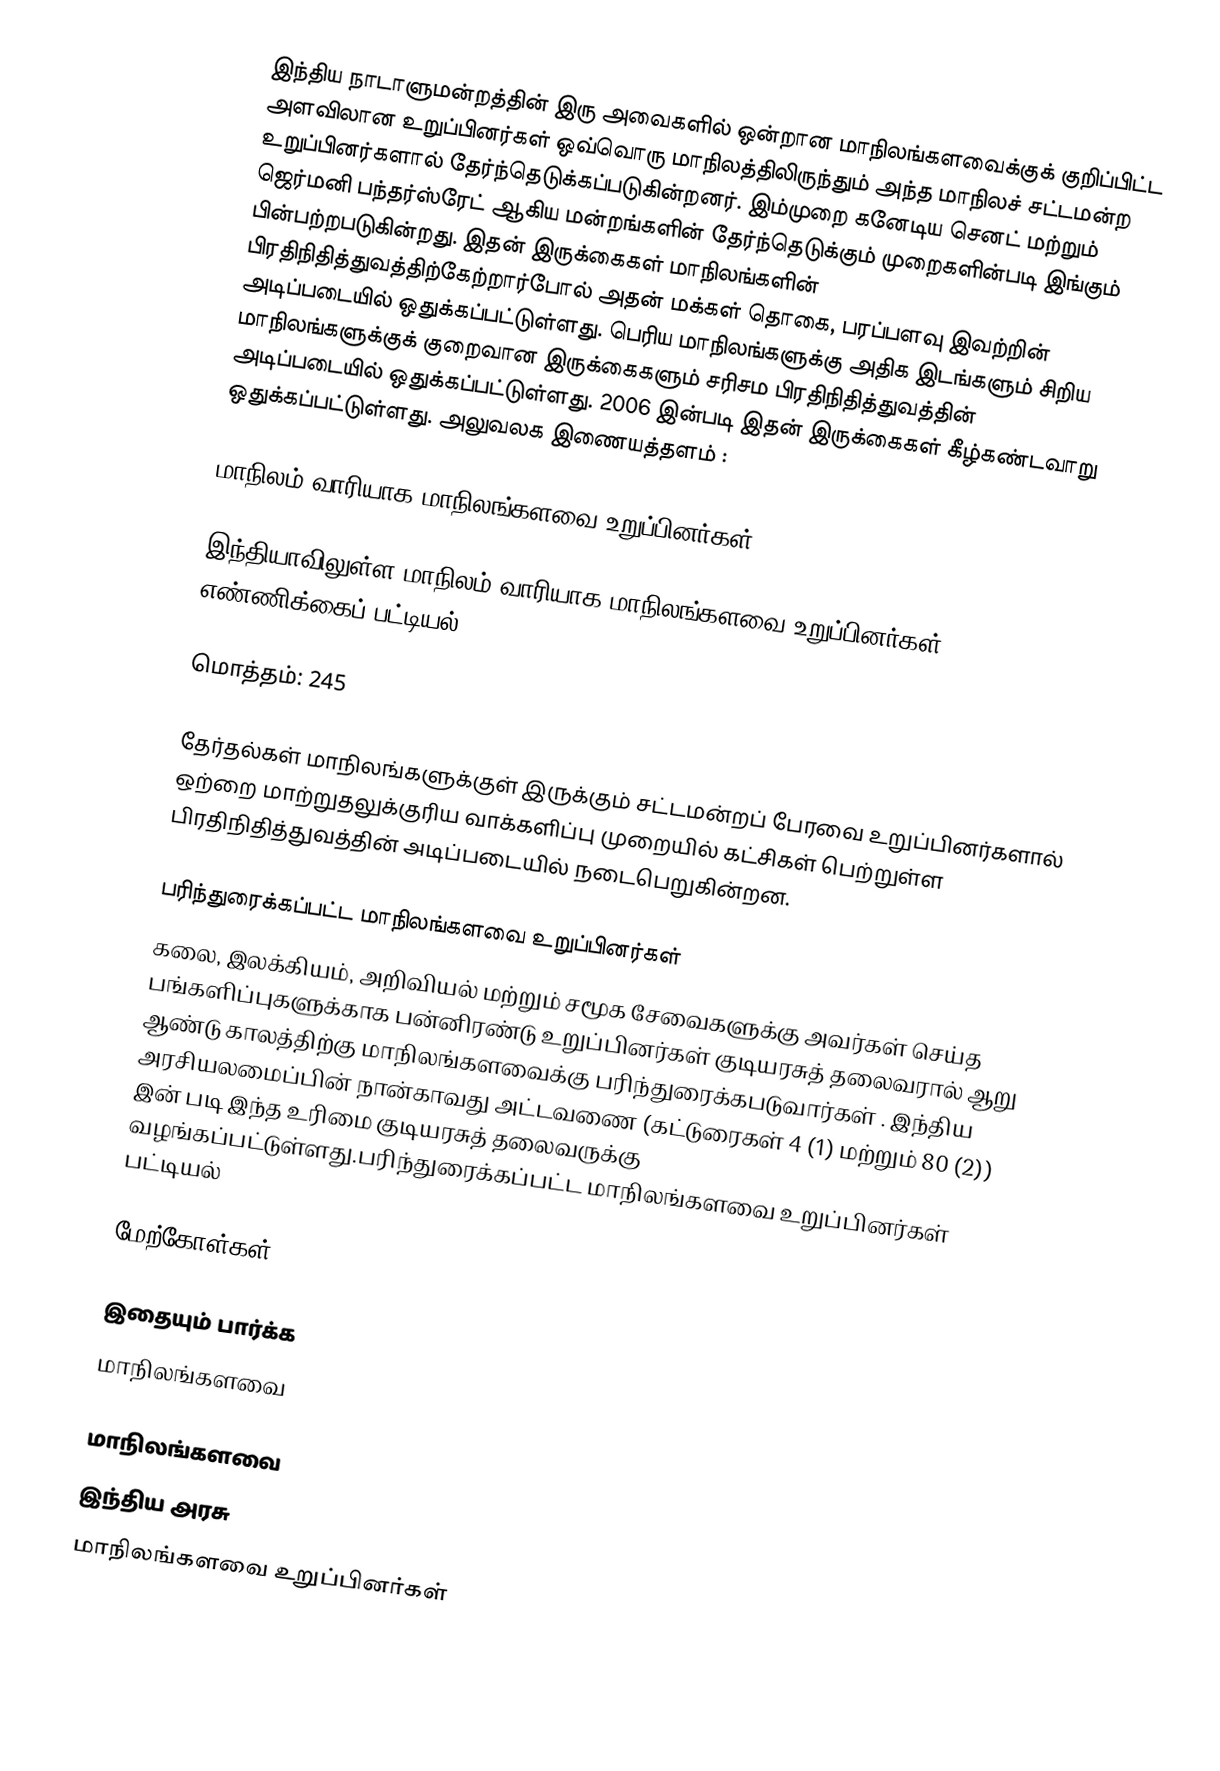
இந்திய நாடாளுமன்றத்தின் இரு அவைகளில் ஒன்றான மாநிலங்களவைக்குக் குறிப்பிட்ட அளவிலான உறுப்பினர்கள் ஒவ்வொரு மாநிலத்திலிருந்தும் அந்த மாநிலச் சட்டமன்ற உறுப்பினர்களால்  தேர்ந்தெடுக்கப்படுகின்றனர். இம்முறை கனேடிய செனட் மற்றும் ஜெர்மனி பந்தர்ஸ்ரேட் ஆகிய மன்றங்களின் தேர்ந்தெடுக்கும் முறைகளின்படி இங்கும் பின்பற்றபடுகின்றது. இதன் இருக்கைகள் மாநிலங்களின் பிரதிநிதித்துவத்திற்கேற்றார்போல் அதன் மக்கள் தொகை, பரப்பளவு இவற்றின் அடிப்படையில் ஒதுக்கப்பட்டுள்ளது. பெரிய மாநிலங்களுக்கு அதிக இடங்களும் சிறிய மாநிலங்களுக்குக் குறைவான இருக்கைகளும் சரிசம பிரதிநிதித்துவத்தின் அடிப்படையில் ஒதுக்கப்பட்டுள்ளது. 2006 இன்படி இதன் இருக்கைகள் கீழ்கண்டவாறு ஒதுக்கப்பட்டுள்ளது. அலுவலக இணையத்தளம் :

மாநிலம் வாரியாக மாநிலங்களவை உறுப்பினர்கள்

இந்தியாவிலுள்ள மாநிலம் வாரியாக மாநிலங்களவை உறுப்பினர்கள் எண்ணிக்கைப் பட்டியல்.

மொத்தம்: 245

தேர்தல்கள் மாநிலங்களுக்குள் இருக்கும் சட்டமன்றப் பேரவை உறுப்பினர்களால் ஒற்றை மாற்றுதலுக்குரிய வாக்களிப்பு முறையில் கட்சிகள் பெற்றுள்ள பிரதிநிதித்துவத்தின் அடிப்படையில் நடைபெறுகின்றன.

பரிந்துரைக்கப்பட்ட மாநிலங்களவை உறுப்பினர்கள்
கலை, இலக்கியம், அறிவியல் மற்றும் சமூக சேவைகளுக்கு அவர்கள் செய்த பங்களிப்புகளுக்காக பன்னிரண்டு உறுப்பினர்கள் குடியரசுத் தலைவரால் ஆறு ஆண்டு காலத்திற்கு மாநிலங்களவைக்கு பரிந்துரைக்கபடுவார்கள் . இந்திய அரசியலமைப்பின் நான்காவது அட்டவணை (கட்டுரைகள் 4 (1) மற்றும் 80 (2)) இன் படி இந்த உரிமை குடியரசுத் தலைவருக்கு வழங்கப்பட்டுள்ளது.பரிந்துரைக்கப்பட்ட மாநிலங்களவை உறுப்பினர்கள் பட்டியல்

மேற்கோள்கள்

இதையும் பார்க்க
 மாநிலங்களவை

மாநிலங்களவை
இந்திய அரசு
மாநிலங்களவை உறுப்பினர்கள்